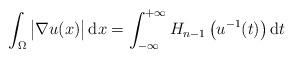
LaTeX: \begin{align*}\int_\Omega \begin{vmatrix} \nabla u(x) \end{vmatrix} \mathrm{d}x= \int_{-\infty}^{+\infty}H_{n-1}\left({u^{-1}(t)}\right)\mathrm{d}t\end{align*}